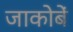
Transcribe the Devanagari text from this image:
जाकोबें